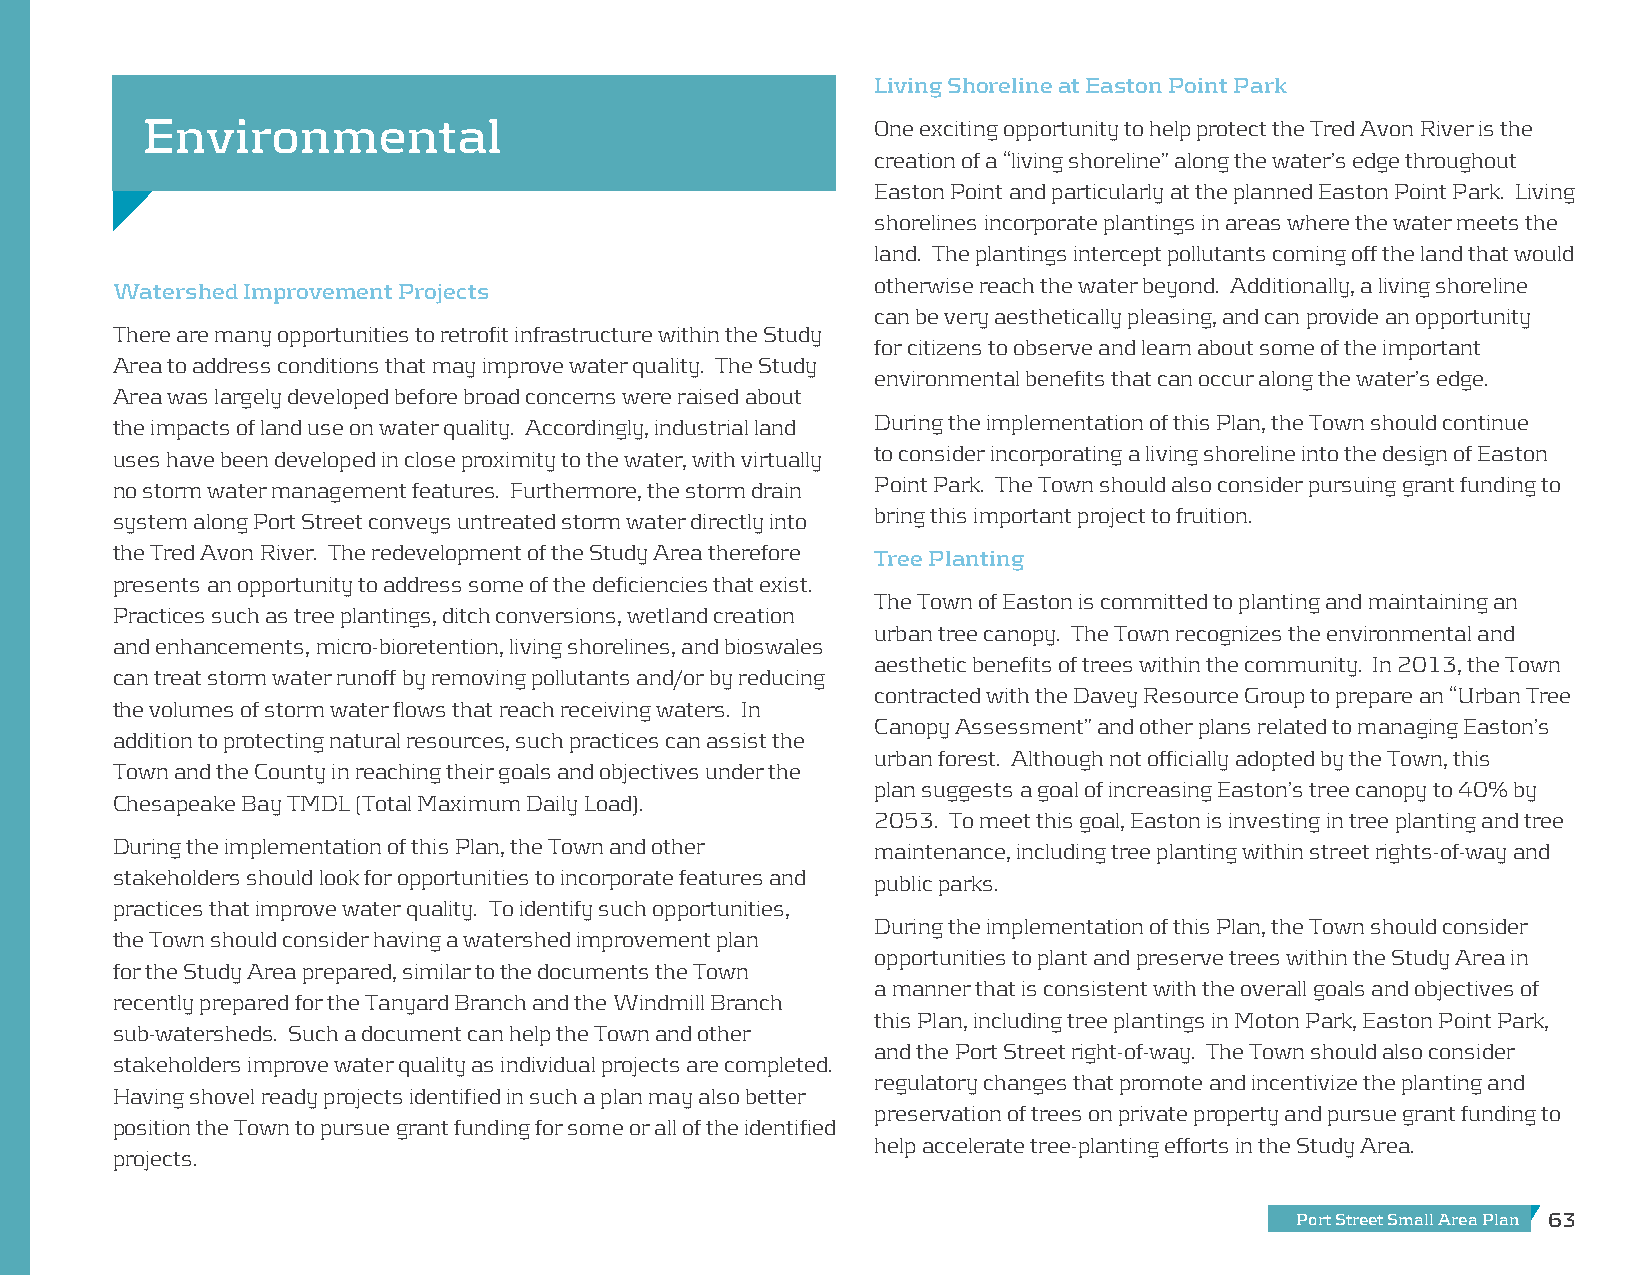
Living Shoreline at Easton Point Park
 Environmental                                    One exciting opportunity to help protect the Tred Avon River is the
 creation of a “living shoreline” along the water’s edge throughout
 Easton Point and particularly at the planned Easton Point Park. Living
 shorelines incorporate plantings in areas where the water meets the
 land. The plantings intercept pollutants coming off the land that would
 Watershed Improvement Projects                     otherwise reach the water beyond. Additionally, a living shoreline
 can be very aesthetically pleasing, and can provide an opportunity
 There are many opportunities to retrofit infrastructure within the Study
 for citizens to observe and learn about some of the important
 Area to address conditions that may improve water quality. The Study
 environmental benefits that can occur along the water’s edge.
 Area was largely developed before broad concerns were raised about
 the impacts of land use on water quality. Accordingly, industrial land During the implementation of this Plan, the Town should continue
 uses have been developed in close proximity to the water, with virtually to consider incorporating a living shoreline into the design of Easton
 no storm water management features. Furthermore, the storm drain Point Park. The Town should also consider pursuing grant funding to
 system along Port Street conveys untreated storm water directly into bring this important project to fruition.
 the Tred Avon River. The redevelopment of the Study Area therefore Tree Planting
 presents an opportunity to address some of the deficiencies that exist.
 The Town of Easton is committed to planting and maintaining an
 Practices such as tree plantings, ditch conversions, wetland creation
 urban tree canopy. The Town recognizes the environmental and
 and enhancements, micro-bioretention, living shorelines, and bioswales
 aesthetic benefits of trees within the community. In 2013, the Town
 can treat storm water runoff by removing pollutants and/or by reducing
 contracted with the Davey Resource Group to prepare an “Urban Tree
 the volumes of storm water flows that reach receiving waters. In
 Canopy Assessment” and other plans related to managing Easton’s
 addition to protecting natural resources, such practices can assist the
 urban forest. Although not officially adopted by the Town, this
 Town and the County in reaching their goals and objectives under the
 plan suggests a goal of increasing Easton’s tree canopy to 40% by
 Chesapeake Bay TMDL (Total Maximum Daily Load).
 2053. To meet this goal, Easton is investing in tree planting and tree
 During the implementation of this Plan, the Town and other maintenance, including tree planting within street rights-of-way and
 stakeholders should look for opportunities to incorporate features and public parks.
 practices that improve water quality. To identify such opportunities,
 During the implementation of this Plan, the Town should consider
 the Town should consider having a watershed improvement plan
 opportunities to plant and preserve trees within the Study Area in
 for the Study Area prepared, similar to the documents the Town
 a manner that is consistent with the overall goals and objectives of
 recently prepared for the Tanyard Branch and the Windmill Branch
 this Plan, including tree plantings in Moton Park, Easton Point Park,
 sub-watersheds. Such a document can help the Town and other
 and the Port Street right-of-way. The Town should also consider
 stakeholders improve water quality as individual projects are completed.
 regulatory changes that promote and incentivize the planting and
 Having shovel ready projects identified in such a plan may also better
 preservation of trees on private property and pursue grant funding to
 position the Town to pursue grant funding for some or all of the identified
 help accelerate tree-planting efforts in the Study Area.
 projects.
 Port Street Small Area Plan 63